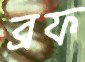
ব্রফ